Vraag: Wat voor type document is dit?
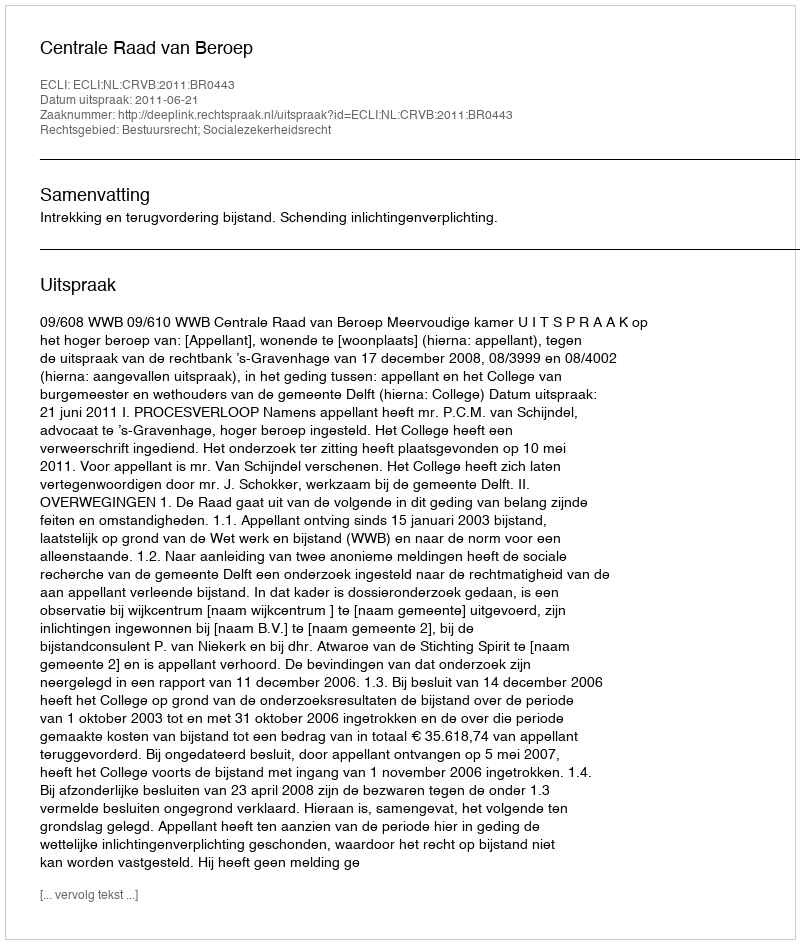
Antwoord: Uitspraak